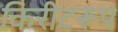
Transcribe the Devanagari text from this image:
किरीटरूप